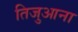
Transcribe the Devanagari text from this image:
तिजुआना